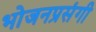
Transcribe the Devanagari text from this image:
भोजनप्रसंगी